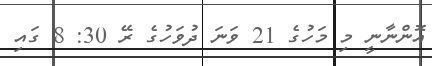
އޮންނާނީ މި މަހުގެ 21 ވަނަ ދުވަހުގެ ރޭ 30: 8 ގައި